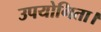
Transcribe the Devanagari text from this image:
उपयोगिता।